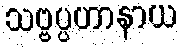
သဗ္ဗပ္ပဟာနာယ